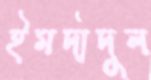
ইমদাদুল